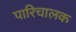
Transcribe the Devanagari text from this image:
पारिचालक